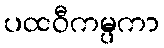
ပထဝီကမ္ပကာ